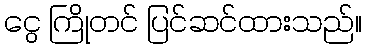
ငွေ ကြိုတင် ပြင်ဆင်ထားသည်။